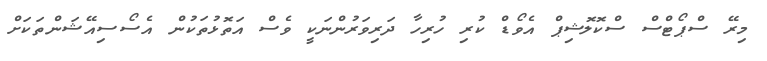
މިރޭ ސްޕޯޓްސް ސްކޮލޮޝިޕް އެވޯޑް ކުރި ހުރިހާ ދަރިވަރުންނަކީ ވެސް އަތޮޅުތަކުން އެސޯސިއޭޝަންތަކަށް